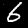
Digit: 6